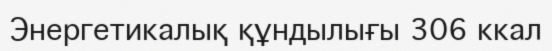
Энергетикалық құндылығы 306 ккал